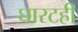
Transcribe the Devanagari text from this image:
घारटही